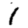
Digit: 1